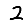
Digit: 2